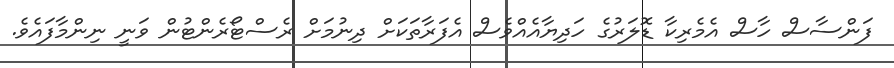
ފަންސާސް ހާސް އެމެރިކާ ޑޮލަރުގެ ހަދިޔާއެއްވެސް އެފަރާތަކަށް ދިނުމަށް ރެސްޓޯރެންޓުން ވަނީ ނިންމާފައެވެ.